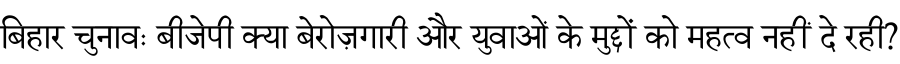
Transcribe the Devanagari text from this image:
बिहार चुनावः बीजेपी क्या बेरोज़गारी और युवाओं के मुद्दों को महत्व नहीं दे रही?